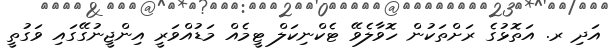
އަދި ރ. އަތޮޅުގެ ރަށްތަކުން ހޮވާލެވޭ ޓެކްނިކަލް ޓީމެއް މަޑުއްވަރީ އިންޖީނުގޭގައި ވަގުތީ